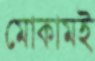
মোকামই